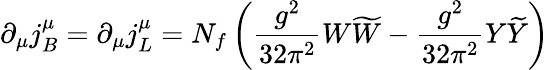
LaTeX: \partial_{\mu}j_{B}^{\mu}=\partial_{\mu}j_{L}^{\mu}=N_{f}\left(\frac{g^{2}}{32\pi^{2}}W\widetilde{W}-\frac{g^{2}}{32\pi^{2}}Y\widetilde{Y}\right)